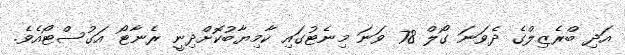
އަދި ބްރެޒިލްގެ ދެވަނަ ގޯލް 78 ވަނަ މިނެޓުގައި ކާމިޔާބުކޮށްދިނީ ރެނާޓޯ އަގުސްޓޯއެވެ.